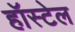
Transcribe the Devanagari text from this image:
हॉस्टेल